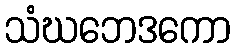
သံဃဘေဒကော